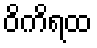
ဝိကိရထ